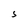
Character: 5